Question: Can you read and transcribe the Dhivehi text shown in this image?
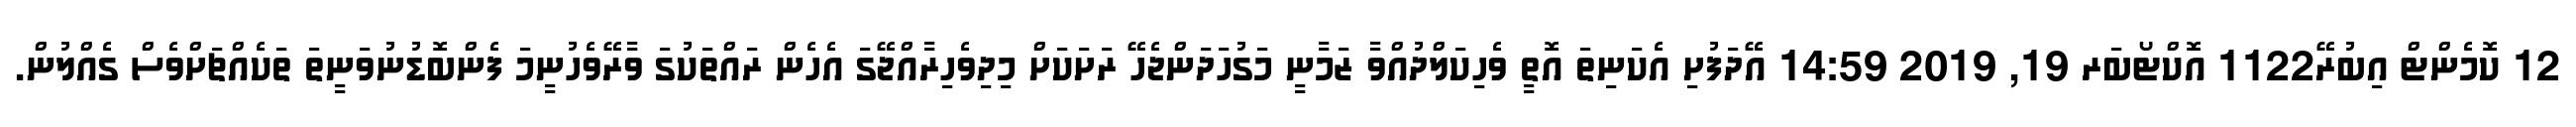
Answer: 12 ކޮމެންޓް އިބުރޭ1122 އޮކްޓޯބަރ 19, 2019 14:59 އޭދަފުށި އެކަނިތަ އޮތީ ވެހިކަލްދުއްވާ ޒަމާނީ މަގުހަދަންޖެހޭ ރަށަކަށް މިދިވެހިރާއްޖޭގަ އެހެން ރައްތަކުގަ ވާރޭވެހުނީމަ ފެންބޮޑުނުވަނީތަ ތަކެއްޗަށްވެސް ގެއްލުން.